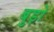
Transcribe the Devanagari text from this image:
बुड़ो